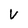
Character: V